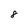
Character: 8